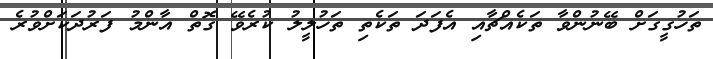
ތަހުގީގަށް ބޭނުންވާ ތަކެއްޗާއި އެފަދަ ތަކެތި ތަހުލީލު ކުރެވޭ ގޮތް އާންމު ފަރުދަކަށްވުރެ